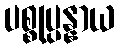
ပစ္စုပ္ပန္နာယ